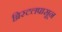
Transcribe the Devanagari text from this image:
ब्रिस्टलपासून